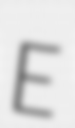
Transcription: E